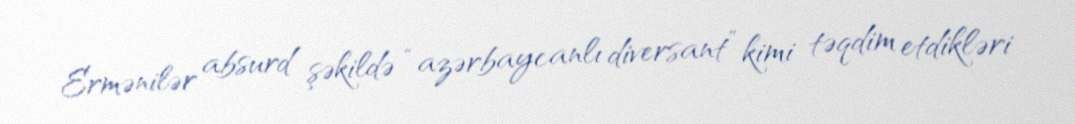
Ermənilər absurd şəkildə “azərbaycanlı diversant” kimi təqdim etdikləri